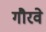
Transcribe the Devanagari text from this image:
गौरवे